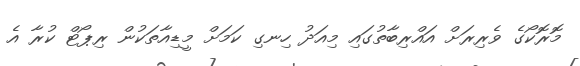
މޮރޮކޯގެ ވެރިރަށް އައްރިބާތުގައި މިއަދު ހިނގި ކަމަށް މީޑިއާތަކުން ރިޕޯޓް ކުރާ އެ